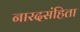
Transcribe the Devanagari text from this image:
नारदसंहिता